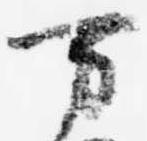
万